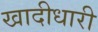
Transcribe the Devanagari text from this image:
खादीधारी